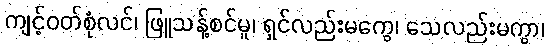
ကျင့်ဝတ်စုံလင်၊ ဖြူသန့်စင်မူ၊ ရှင်လည်းမကွေ၊ သေလည်းမကွာ၊